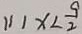
( 1 ) x < \frac { 9 } { 2 }